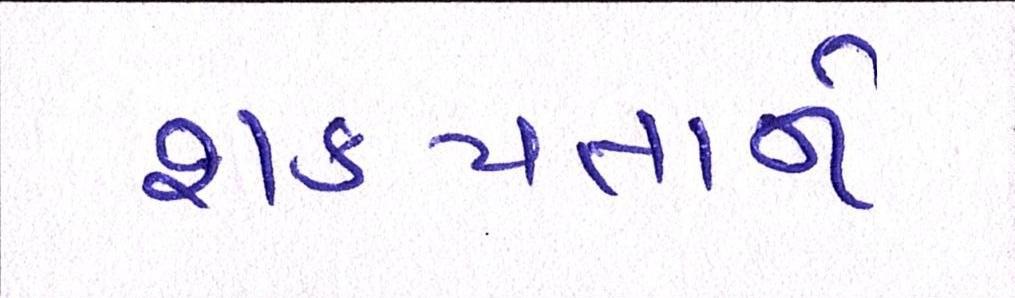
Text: શક્યતાને